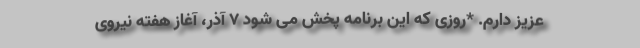
عزیز دارم. *روزی که این برنامه پخش می شود 7 آذر، آغاز هفته نیروی